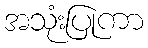
အသုံးပြုကာ